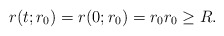
\begin{align*}r(t;r_{0})=r(0;r_{0})=r_{0}r_{0}\geq R.\end{align*}